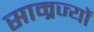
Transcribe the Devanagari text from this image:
साम्रज्यों